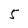
Character: 5